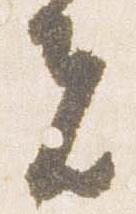
夫